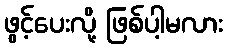
ဖွင့်ပေးလို့ ဖြစ်ပါ့မလား